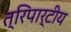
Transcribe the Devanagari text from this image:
त्रिपार्टीय